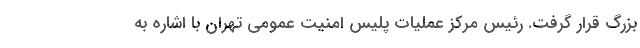
بزرگ قرار گرفت. رئیس مرکز عملیات پلیس امنیت عمومی تهران با اشاره به